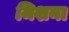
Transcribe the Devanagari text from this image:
मिशना